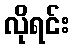
လိုရင်း